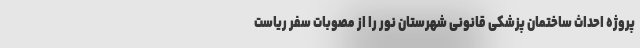
پروژه احداث ساختمان پزشکی قانونی شهرستان نور را از مصوبات سفر ریاست